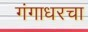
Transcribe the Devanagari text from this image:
गंगाधरचा